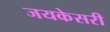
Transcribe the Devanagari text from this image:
जयकेसरी